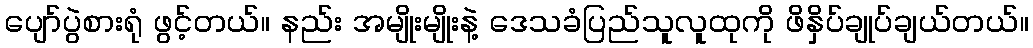
ပျော်ပွဲစားရုံ ဖွင့်တယ်။ နည်း အမျိုးမျိုးနဲ့ ဒေသခံပြည်သူလူထုကို ဖိနှိပ်ချုပ်ချယ်တယ်။